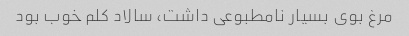
مرغ بوی بسیار نامطبوعی داشت، سالاد کلم خوب بود